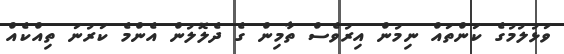
ވަޅުލުމުގެ ކަންތައް ނިމުން އިރުވެސް ތާމިން ގެ ދެލޮލުން އެންމެ ކަރުނަ ތިއްކެއް